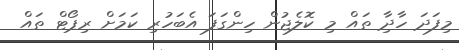
މިފަދަ ހާދިާ ތައް މި ކޮލެޖުން ހިންގަފަ އެބަހުރި ކަމަށް ރިޕޯޓް ތައް